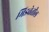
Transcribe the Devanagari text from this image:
मिडवेतील